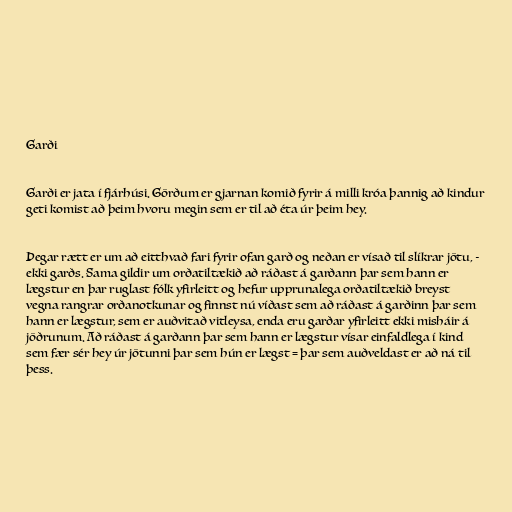
Garði

Garði er jata í fjárhúsi. Görðum er gjarnan komið fyrir á milli króa þannig að kindur
geti komist að þeim hvoru megin sem er til að éta úr þeim hey.

Þegar rætt er um að eitthvað fari fyrir ofan garð og neðan er vísað til slíkrar jötu, -
ekki garðs. Sama gildir um orðatiltækið að ráðast á garðann þar sem hann er
lægstur en þar ruglast fólk yfirleitt og hefur upprunalega orðatiltækið breyst
vegna rangrar orðanotkunar og finnst nú víðast sem að ráðast á garðinn þar sem
hann er lægstur, sem er auðvitað vitleysa, enda eru garðar yfirleitt ekki misháir á
jöðrunum. Að ráðast á garðann þar sem hann er lægstur vísar einfaldlega í kind
sem fær sér hey úr jötunni þar sem hún er lægst = þar sem auðveldast er að ná til
þess.